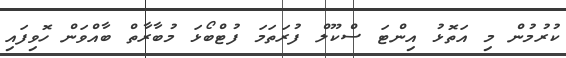
ކުރުމުން މި އަތޮޅު އިންޓަ ސްކޫލް ފުރަތަމަ ފުޓްބޯޅަ މުބާރާތް ބާއްވަން ހޮވިފައި